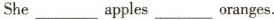
She ___ apples ___ oranges.